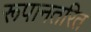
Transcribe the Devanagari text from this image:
रूपानतरित